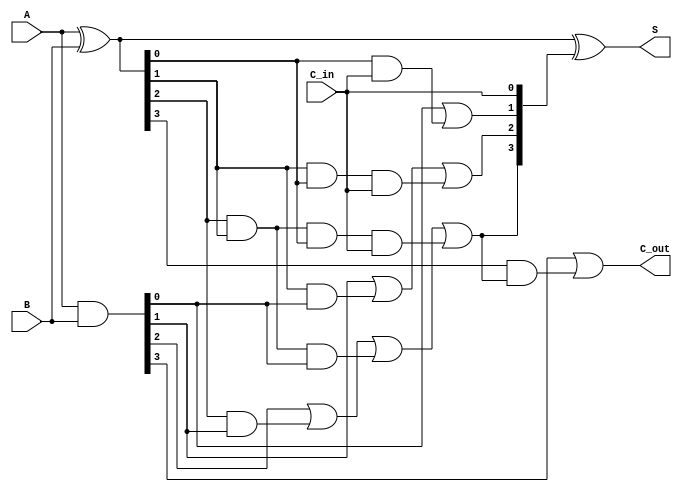
module sklansky_adder #(parameter N = 4) (
    input [N-1:0] A,    // First operand
    input [N-1:0] B,    // Second operand
    input C_in,         // Carry-in
    output [N-1:0] S,   // Sum
    output C_out        // Carry-out
);

    // Generate and Propagate signals
    wire [N-1:0] P; // Propagate
    wire [N-1:0] G; // Generate
    wire [N:0] C;   // Carry signals (C[0] = C_in)

    // Generate P and G signals
    assign P = A ^ B; // Propagate signal
    assign G = A & B; // Generate signal

    // Level 1: Calculate carry signals
    assign C[0] = C_in; // C[0] is the input carry
    assign C[1] = G[0] | (P[0] & C[0]);
    assign C[2] = G[1] | (P[1] & G[0]) | (P[1] & P[0] & C[0]);
    assign C[3] = G[2] | (P[2] & G[1]) | (P[2] & P[1] & G[0]) | (P[2] & P[1] & P[0] & C[0]);
    assign C[4] = G[3] | (P[3] & G[2]) | (P[3] & P[2] & G[1]) | (P[3] & P[2] & P[1] & G[0]) | (P[3] & P[2] & P[1] & P[0] & C[0]);

    // Sum calculation
    assign S = P ^ {C[N-1:0]}; // S[i] = P[i] ^ C[i]

    // Final Carry-Out
    assign C_out = G[N-1] | (P[N-1] & C[N-1]);

endmodule